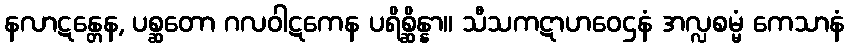
နလာဋန္တေန, ပစ္ဆတော ဂလဝါဋကေန ပရိစ္ဆိန္နာ။ သီသကဋာဟဝေဌနံ အလ္လစမ္မံ ကေသာနံ